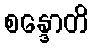
စန္ဒောတိ